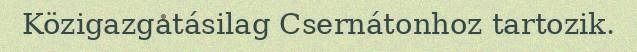
Közigazgatásilag Csernátonhoz tartozik.